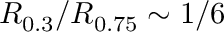
R _ { 0 . 3 } / R _ { 0 . 7 5 } \sim 1 / 6